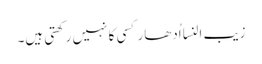
زیب النسا اُدھار کسی کا نہیں رکھتی ہیں۔